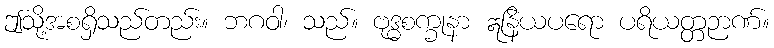
ဤသို့အစရှိသည်တည်း။ ဘဂဝါ၊ သည်။ ဗုဒ္ဓစက္ခုနာ ဣနြိယပရော ပရိယတ္တဉာဏ်။